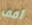
أقف